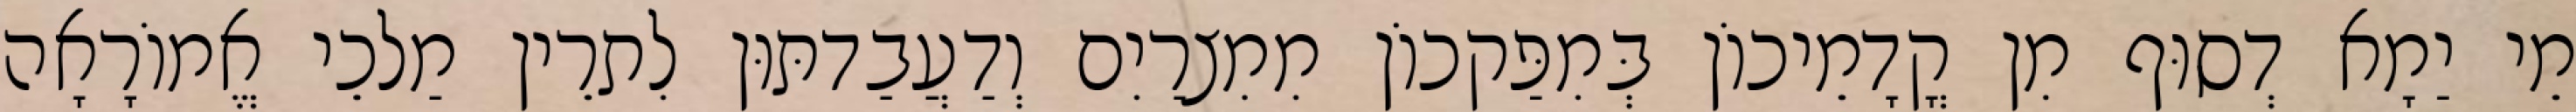
מֵי יַמָא דְסוּף מִן קֳדָמֵיכוֹן בְּמִפַּקכוֹן מִמִצרַיִם וְדַעֲבַדתּוּן לִתרֵין מַלכֵי אֱמוֹרָאָה